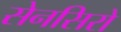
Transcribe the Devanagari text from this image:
सेनसिरो